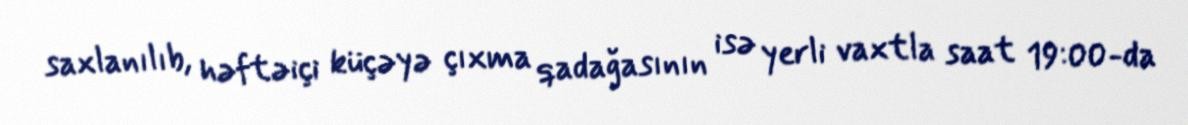
saxlanılıb, həftəiçi küçəyə çıxma qadağasının isə yerli vaxtla saat 19:00-da